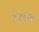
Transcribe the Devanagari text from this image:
४१६००